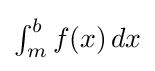
{\textstyle \int _{m}^{b}f(x)\,dx}